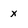
Character: x